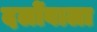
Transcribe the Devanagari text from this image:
दलोंवाला